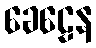
ခေဠေန